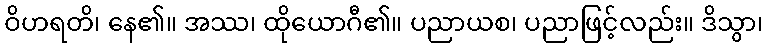
ဝိဟရတိ၊ နေ၏။ အဿ၊ ထိုယောဂီ၏။ ပညာယစ၊ ပညာဖြင့်လည်း။ ဒိသွာ၊